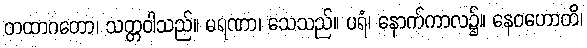
တထာဂတော၊ သတ္တဝါသည်။ မရဏာ၊ သေသည်။ ပရံ၊ နောက်ကာလ၌။ နေဝဟောတိ၊